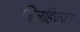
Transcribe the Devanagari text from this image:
जिलहिज्ज।